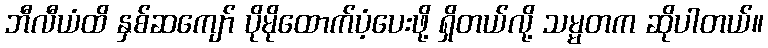
ဘီလီယံထိ နှစ်ဆကျော် ပိုမိုထောက်ပံ့ပေးဖို့ ရှိတယ်လို့ သမ္မတက ဆိုပါတယ်။